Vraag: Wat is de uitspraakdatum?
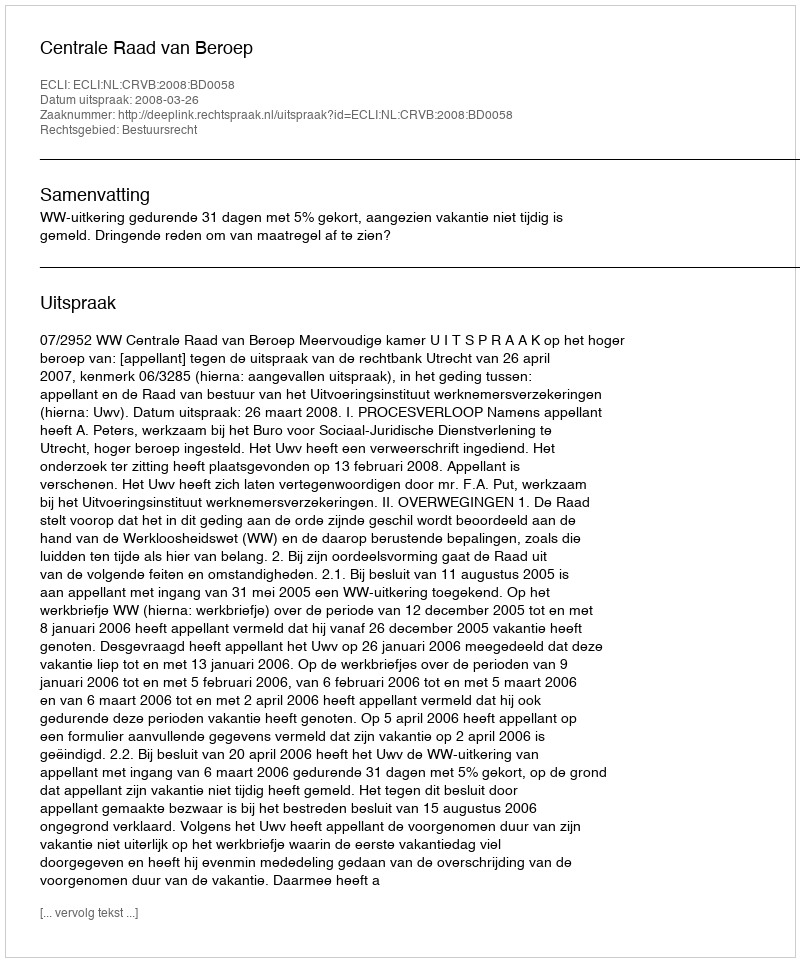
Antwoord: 2008-03-26